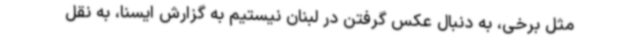
مثل برخی، به دنبال عکس گرفتن در لبنان نیستیم به گزارش ایسنا، به نقل